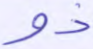
ذو